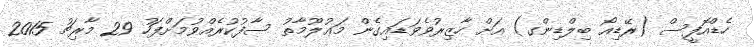
ހެޑްއޮފީސް (ރޭޑިއޯ ބިލްޑިންގ) އަށް ހާޒިރުވެވަޑައިގެން މަޢުލޫމާތު ސާފުކުރެއްވުމަށްފަހު 29 މާރިޗު 2015